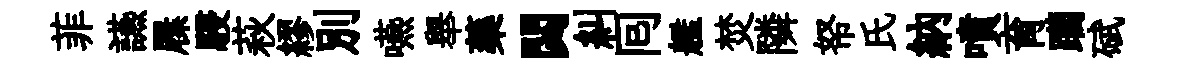
菲讌屧駸萩繆別嚥舉藥閟糾囘艦焚隣帑氏納噴育躪碔